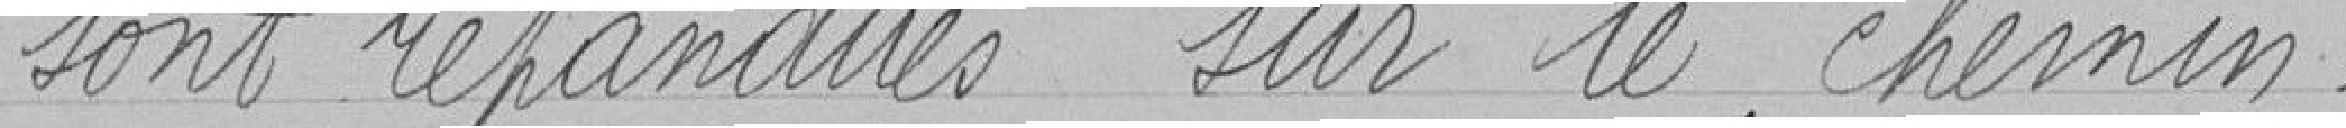
sont répandues sur le chemin.